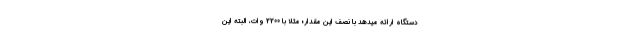
دستگاه ارائه میدهد با نصف این مقدار؛ مثلا با 2200 وات، البته این